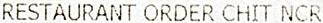
RESTAURANT ORDER CHIT NCR